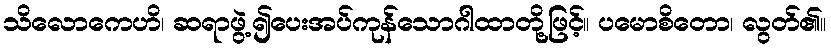
သိလောကေဟိ၊ ဆရာဖွဲ့၍ပေးအပ်ကုန်သောဂါထာတို့ဖြင့်။ ပမောစိတော၊ လွတ်၏။